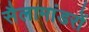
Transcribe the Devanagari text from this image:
सैलामांडरों